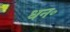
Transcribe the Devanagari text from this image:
धन॰